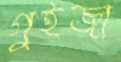
গুইজা